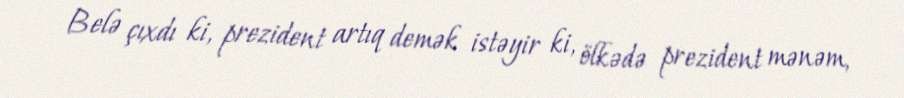
Belə çıxdı ki, prezident artıq demək istəyir ki, ölkədə prezident mənəm,